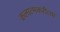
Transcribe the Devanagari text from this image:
कलात्मकरीत्या